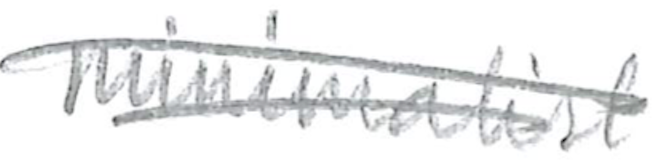
Text: similar
Cross-out: double-line
Writing tool: pencil